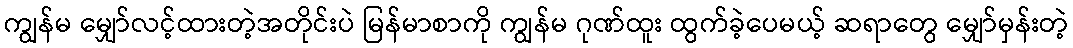
ကျွန်မ မျှော်လင့်ထားတဲ့အတိုင်းပဲ မြန်မာစာကို ကျွန်မ ဂုဏ်ထူး ထွက်ခဲ့ပေမယ့် ဆရာတွေ မျှော်မှန်းတဲ့